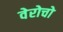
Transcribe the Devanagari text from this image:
वेरोचो